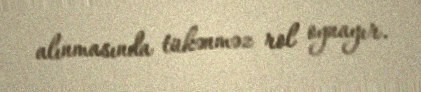
alınmasında tükənməz rol oynayır.